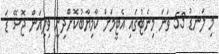
މި ލަނޑު 53 ވަނަ މިނެޓުގައި އެޓީމަށް ކާމިޔާބުކޮށްދިނީ ވިލިއަން ޖޮސޭ ޑަ